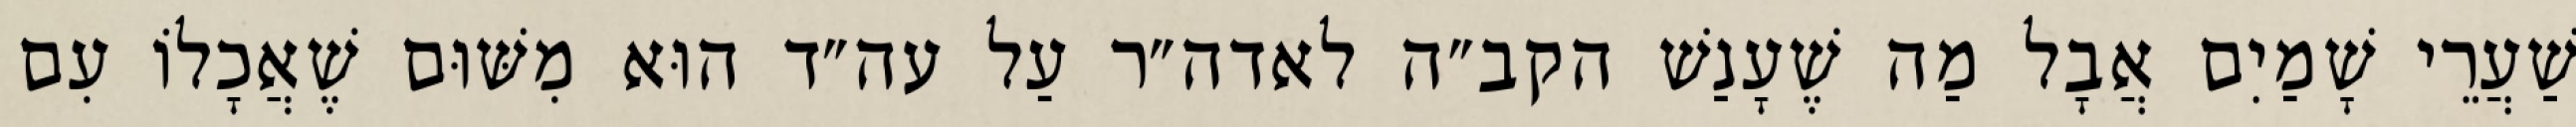
שַׁעֲרֵי שָׁמַיִם אֲבָל מַה שֶׁעָנַשׁ הקב״ה לאדה״ר עַל עה״ד הוּא מִשּׁוּם שֶׁאֲכָלוֹ עִם